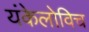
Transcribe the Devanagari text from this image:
यंकेलोविच